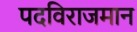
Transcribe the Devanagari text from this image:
पदविराजमान